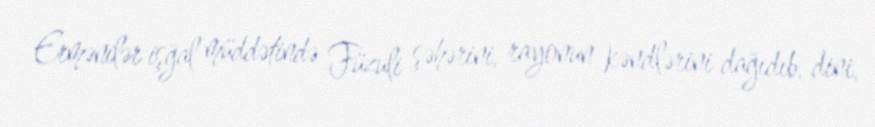
Ermənilər işğal müddətində Füzuli şəhərini, rayonun kəndlərini dağıdıb, dini,